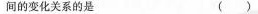
间的变化关系的是 ( )